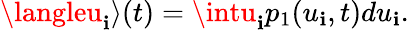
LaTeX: \langleu_{\mathbf{i}}\rangle(t)=\intu_{\mathbf{i}}p_{1}(u_{\mathbf{i}},t)du_{\mathbf{i}}.